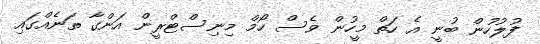
ފުލުހުން ބުނީ އެ ހަތް މީހުން ވެސް ހޯމް މިނިސްޓްރީން އަންގާ ތަނެއްގައި